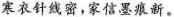
寒衣针线密，家信墨痕新。